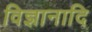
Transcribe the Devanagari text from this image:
विज्ञानादि